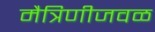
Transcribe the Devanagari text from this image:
मैत्रिणीजवळ